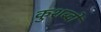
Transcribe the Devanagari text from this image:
कुशब्दों